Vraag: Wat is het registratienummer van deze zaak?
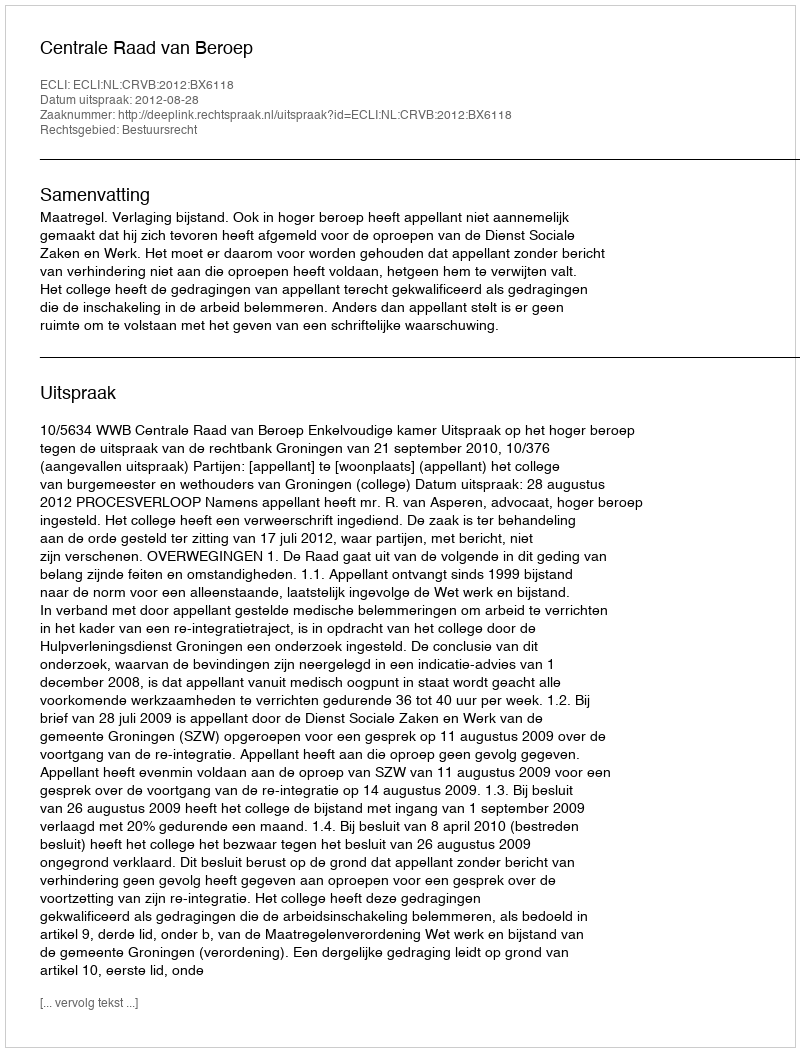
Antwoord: http://deeplink.rechtspraak.nl/uitspraak?id=ECLI:NL:CRVB:2012:BX6118